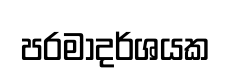
පරමාදර්ශයක